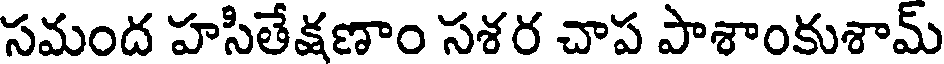
సమంద హసితేక్షణాం సశర చాప పాశాంకుశామ్